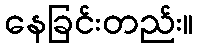
နေခြင်းတည်း။